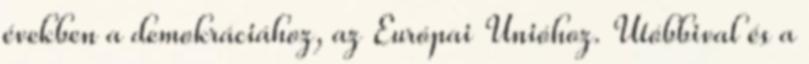
években a demokráciához, az Európai Unióhoz. Utóbbival és a